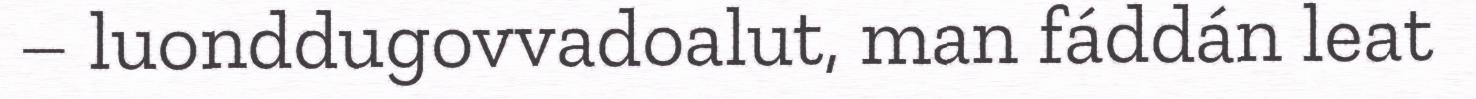
– luonddugovvadoalut, man fáddán leat